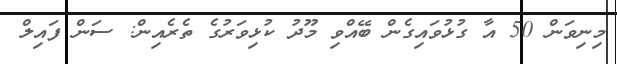
މިނިވަން 50 އާ ގުޅުވައިގެން ބޭއްވި މޫދު ކުޅިވަރުގެ ތެރެއިން: ސަން ފައިލް